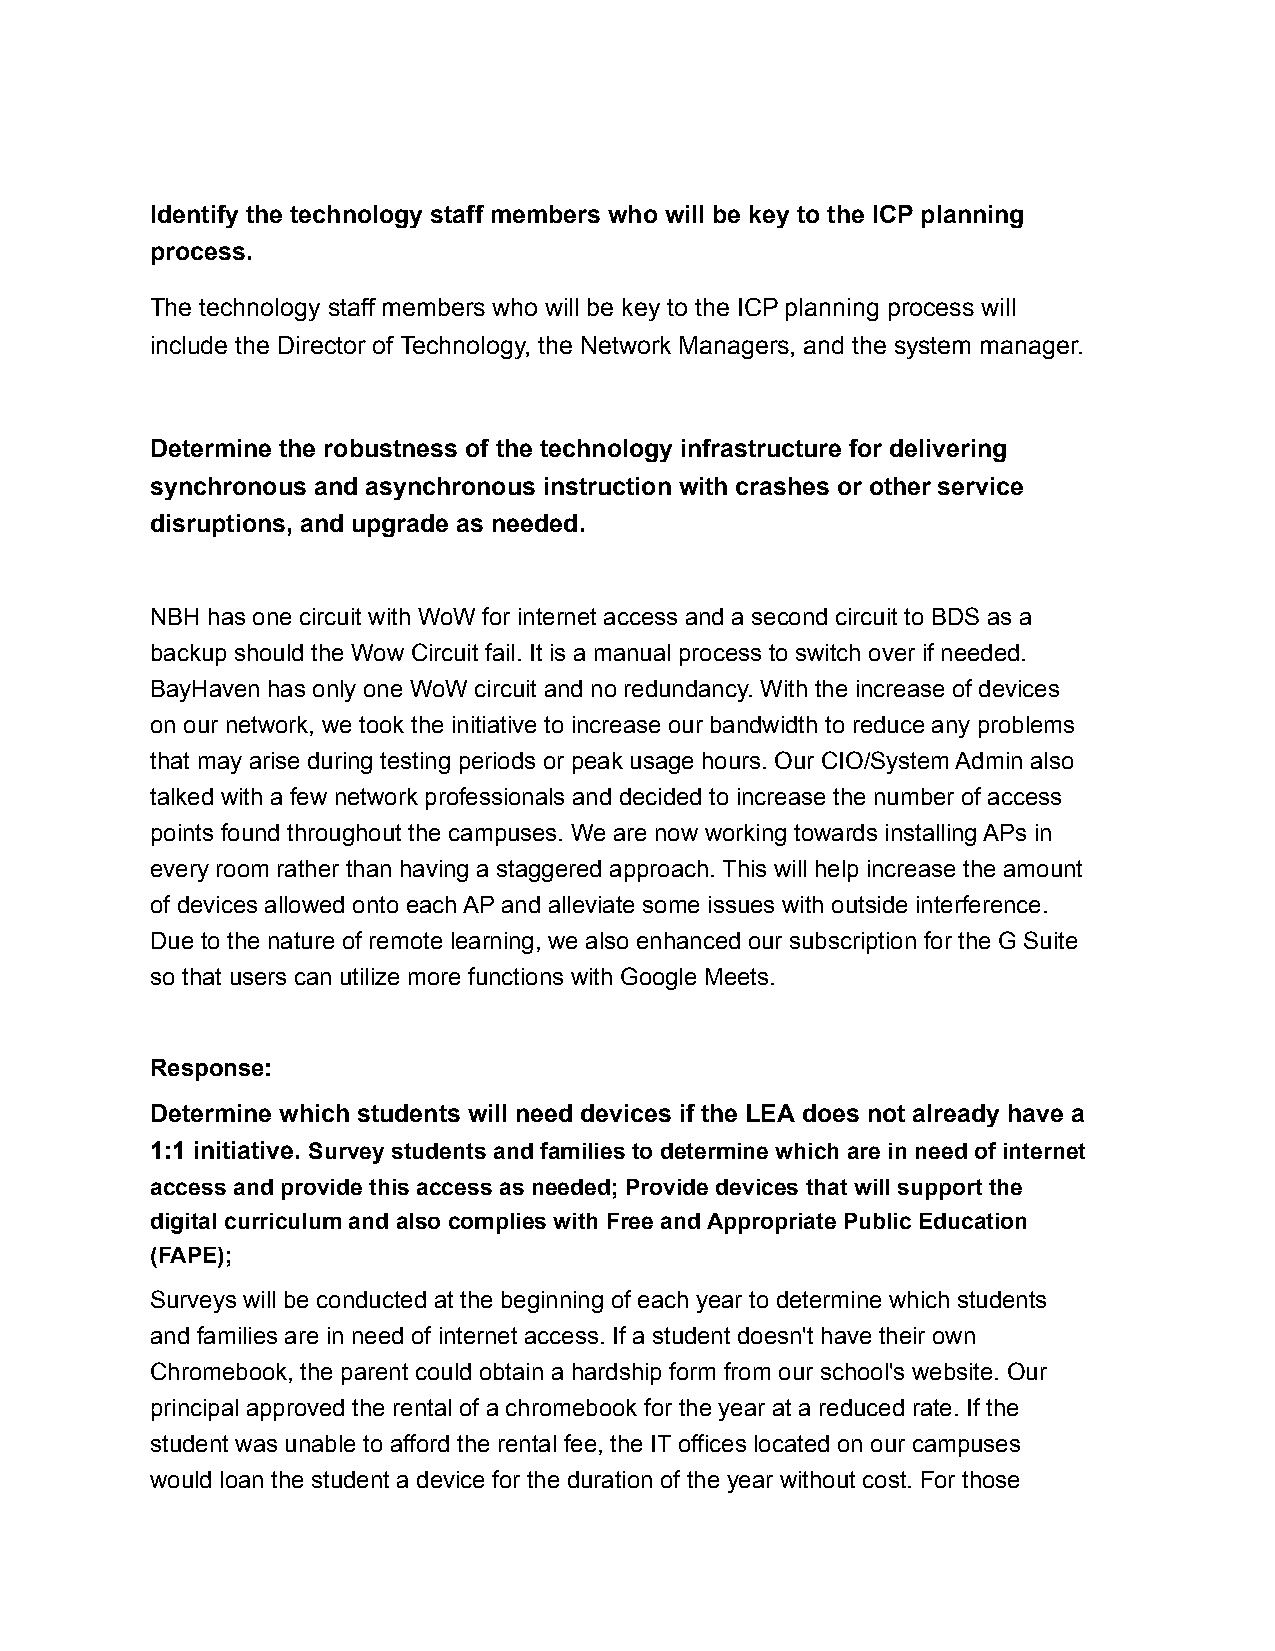
Identify the technology staff members who will be key to the ICP planning
 process.
 The technology staff members who will be key to the ICP planning process will
 include the Director of Technology, the Network Managers, and the system manager.
 Determine the robustness of the technology infrastructure for delivering
 synchronous and asynchronous instruction with crashes or other service
 disruptions, and upgrade as needed.
 NBH has one circuit with WoW for internet access and a second circuit to BDS as a
 backup should the Wow Circuit fail. It is a manual process to switch over if needed.
 BayHaven has only one WoW circuit and no redundancy. With the increase of devices
 on our network, we took the initiative to increase our bandwidth to reduce any problems
 that may arise during testing periods or peak usage hours. Our CIO/System Admin also
 talked with a few network professionals and decided to increase the number of access
 points found throughout the campuses. We are now working towards installing APs in
 every room rather than having a staggered approach. This will help increase the amount
 of devices allowed onto each AP and alleviate some issues with outside interference.
 Due to the nature of remote learning, we also enhanced our subscription for the G Suite
 so that users can utilize more functions with Google Meets.
 Response:
 Determine which students will need devices if the LEA does not already have a
 1:1 initiative. Survey students and families to determine which are in need of internet
 access and provide this access as needed; Provide devices that will support the
 digital curriculum and also complies with Free and Appropriate Public Education
 (FAPE);
 Surveys will be conducted at the beginning of each year to determine which students
 and families are in need of internet access. If a student doesn't have their own
 Chromebook, the parent could obtain a hardship form from our school's website. Our
 principal approved the rental of a chromebook for the year at a reduced rate. If the
 student was unable to afford the rental fee, the IT offices located on our campuses
 would loan the student a device for the duration of the year without cost. For those